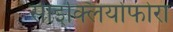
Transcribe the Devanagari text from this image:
साइक्लियोफोरा